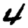
Digit: 4